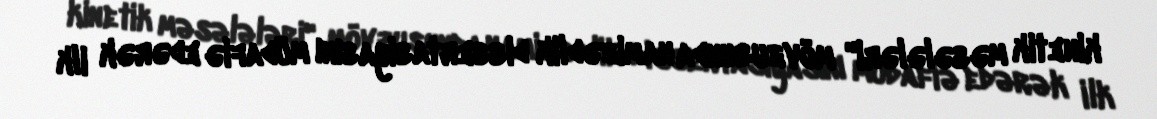
kinetik məsələləri" mövzusunda namizədlik dissertasiyasını müdafiə edərək ilk